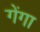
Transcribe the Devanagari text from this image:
गेंगा